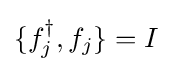
\{f_{j}^{\dagger },f_{j}\}=I